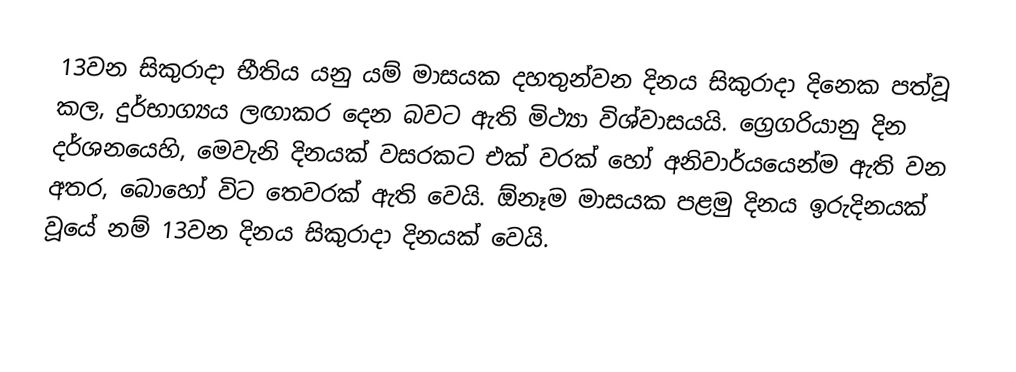
13වන සිකුරාදා භීතිය යනු යම් මාසයක දහතුන්වන දිනය සිකුරාදා දිනෙක පත්වූ කල, දුර්භාග්‍යය ලඟාකර දෙන බවට ඇති මිථ්‍යා විශ්වාසයයි. ග්‍රෙගරියානු දින දර්ශනයෙහි, මෙවැනි දිනයක් වසරකට එක් වරක් හෝ අනිවාර්යයෙන්ම ඇති වන අතර, බොහෝ විට තෙවරක් ඇති වෙයි. ඕනෑම මාසයක පළමු දිනය ඉරුදිනයක් වූයේ නම් 13වන දිනය සිකුරාදා දිනයක් වෙයි.